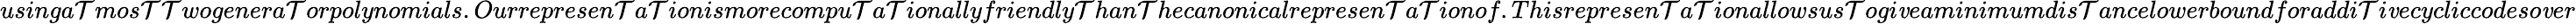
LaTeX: usinga\mathcal{T}mos\mathcal{T}\mathcal{T}wogenera\mathcal{T}orpolynomials.Ourrepresen\mathcal{T}a\mathcal{T}ionismorecompu\mathcal{T}a\mathcal{T}ionallyfriendly\mathcal{T}han\mathcal{T}hecanonicalrepresen\mathcal{T}a\mathcal{T}ionof.Thisrepresen\mathcal{T}a\mathcal{T}ionallowsus\mathcal{T}ogi\mathit{v}eaminimumdis\mathcal{T}ancelowerboundforaddi\mathcal{T}i\mathit{v}ecycliccodeso\mathit{v}er